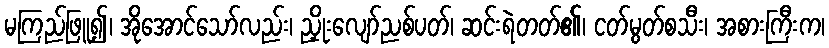
မကြည်ဖြူ၍၊ အိုအောင်သော်လည်း၊ ညှိုးလျော်ညစ်ပတ်၊ ဆင်းရဲတတ်၏၊ ငတ်မွတ်စသီး၊ အစားကြီးက၊